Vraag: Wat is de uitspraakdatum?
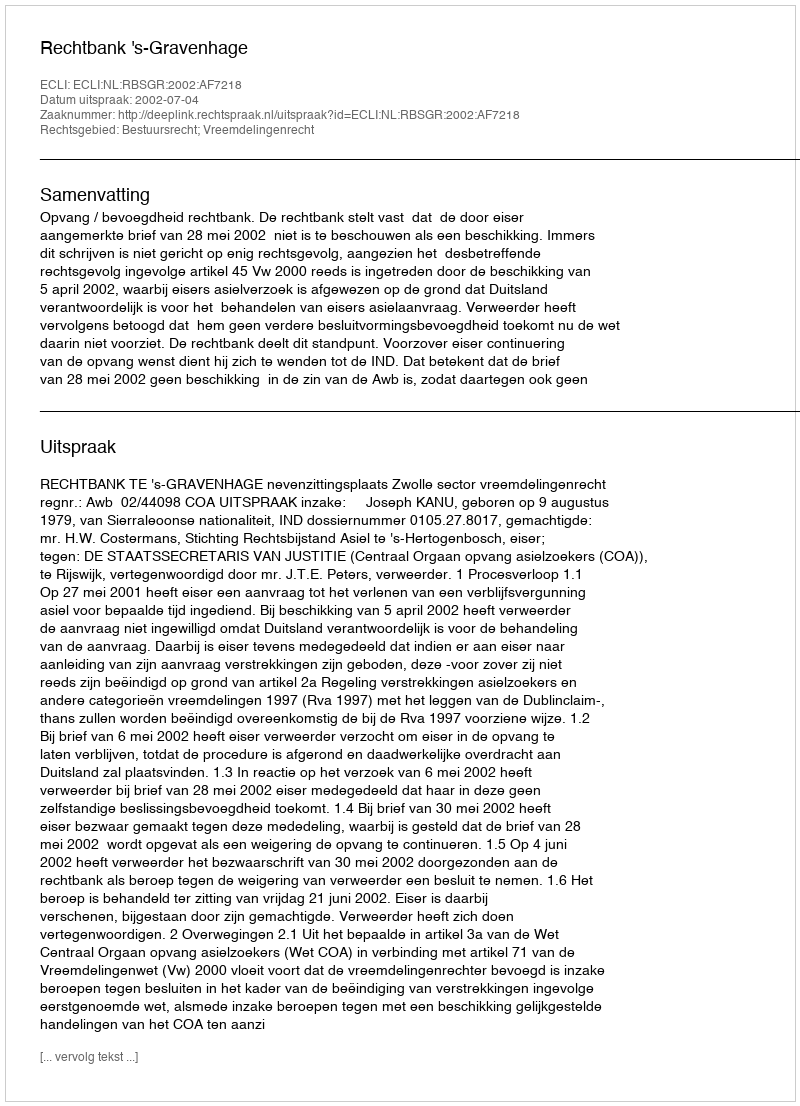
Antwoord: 2002-07-04